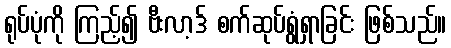
ရုပ်ပုံကို ကြည့်၍ ဗီးလာ့ဒ် စက်ဆုပ်ရွံရှာခြင်း ဖြစ်သည်။